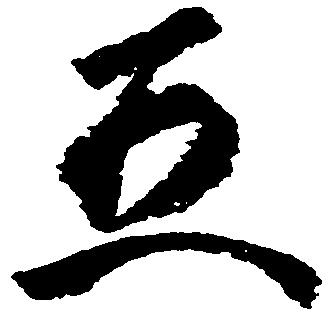
五